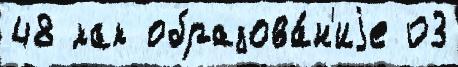
48 как образова́н'иjе 03